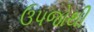
ઉપજોથી